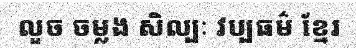
លួច ចម្លង សិល្បៈ វប្បធម៌ ខ្មែរ